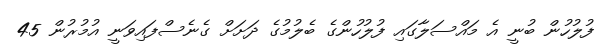
ފުލުހުން ބުނީ އެ މައްސަލާގައި ފުލުހުންގެ ބެލުމުގެ ދަށަށް ގެނެސްފައިވަނީ އުމުރުން 45